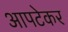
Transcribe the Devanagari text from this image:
आपटेकर